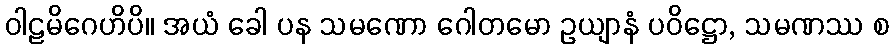
ဝါဠမိဂေဟိပိ။ အယံ ခေါ ပန သမဏော ဂေါတမော ဥယျာနံ ပဝိဋ္ဌော, သမဏဿ စ